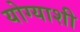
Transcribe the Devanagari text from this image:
योग्याशी